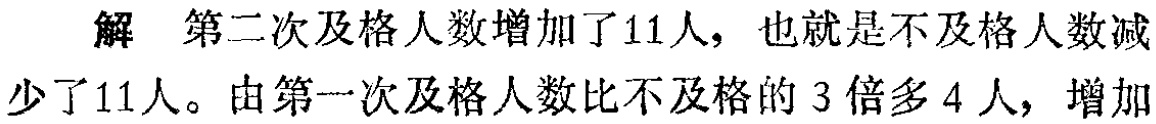
解 第二次及格人数增加了11人，也就是不及格人数减
少了11人。由第一次及格人数比不及格的3倍多4人，增加